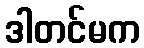
ဒါတင်မက